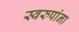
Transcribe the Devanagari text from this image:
स्वरुपांना